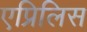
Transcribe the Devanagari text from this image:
एप्रिलिस